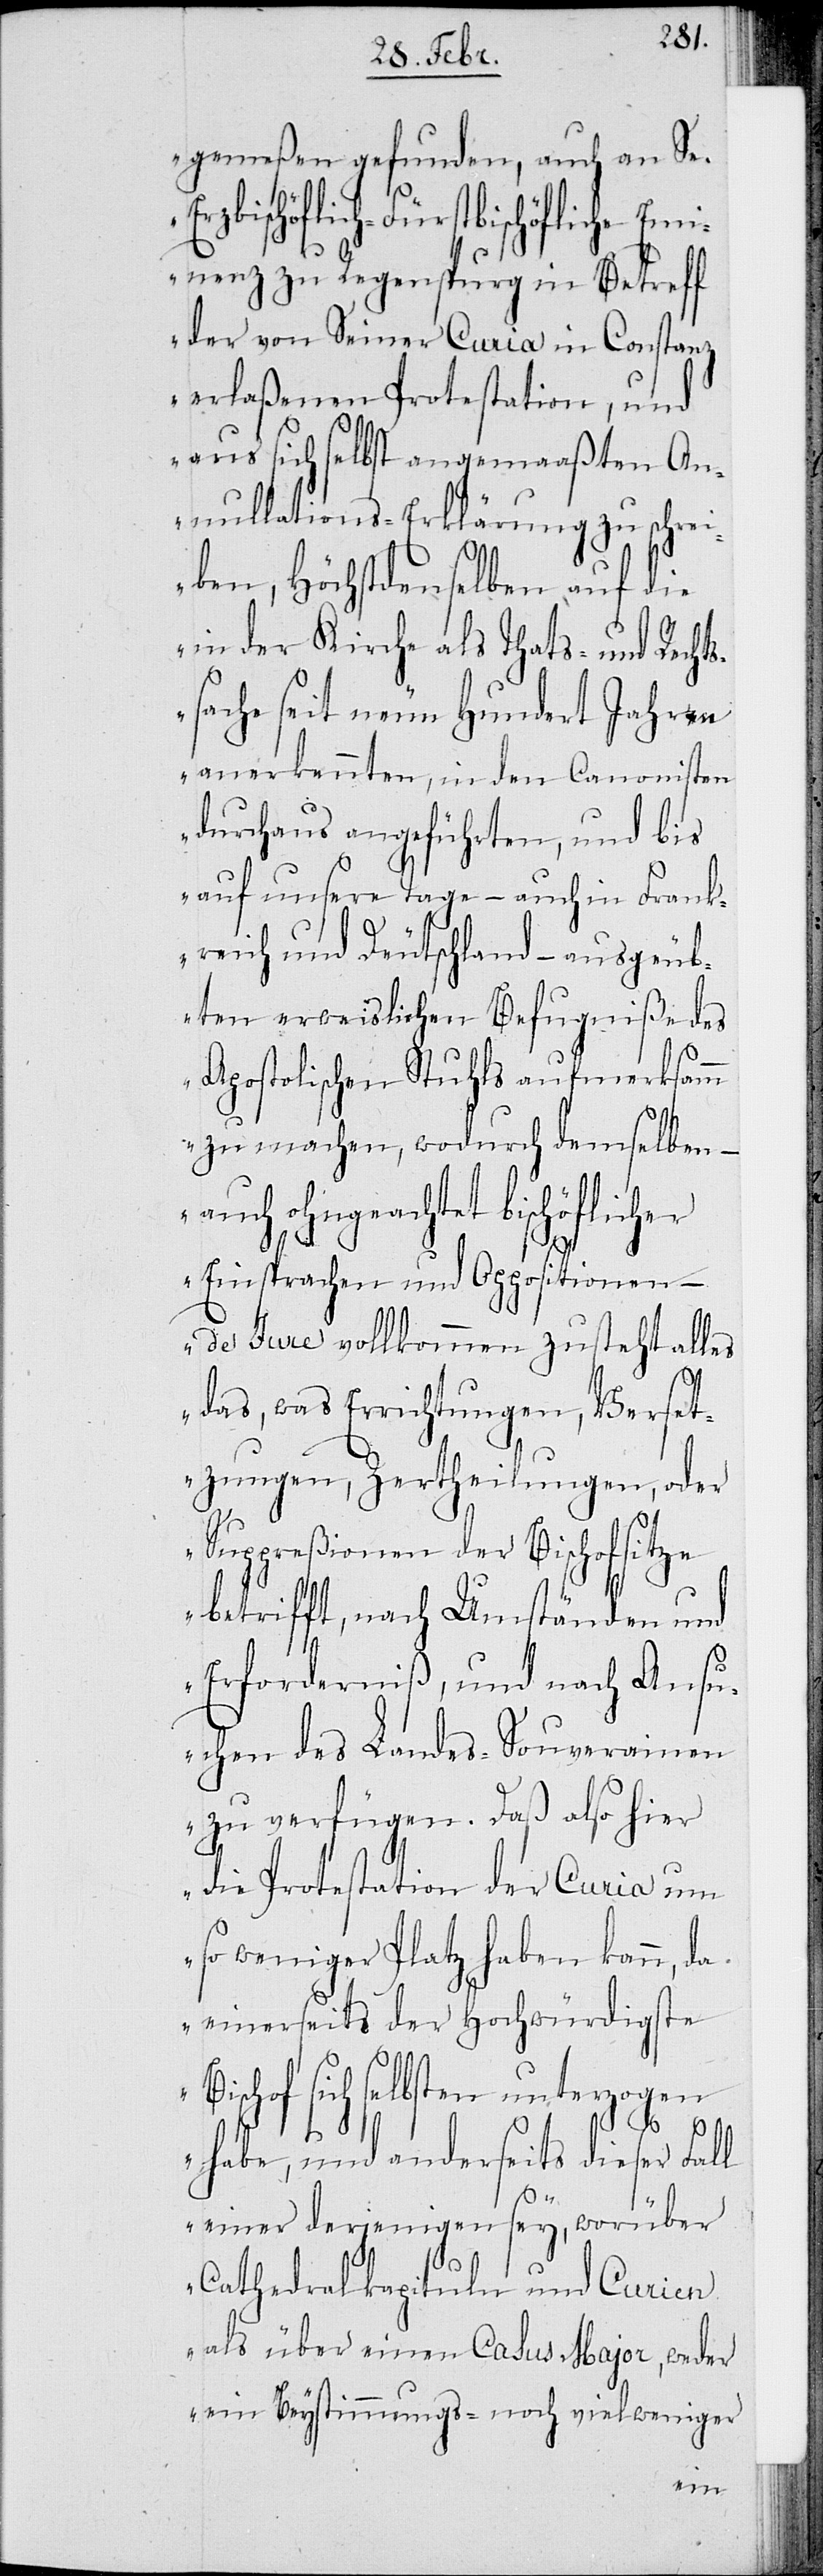
gemeßen gefunden, auch an Se.
Erzbischöflich-Fürstbischöfliche Em¬
inenz zu Regenspurg in Betreff
erlaßenen Protestation, und
aus sich selbst angemaaßten An¬
nullations-Erklärung zu schrei¬
ben, Höchstdenselben auf die
in der Kirche als Thats- und Rechts¬
sache seit neun Hundert Jahren
anerkannten, in den Canonisten
durchaus angeführten, und bis
auf unsere Tage – auch in Frank¬
reich und Deutschland – ausgeüb¬
ten erweislichen Befugniße, des
Apostolischen Stuhls aufmerksamm
zu machen, wodurch demselben –
auch ohngeachtet bischöflicher
Einsprachen und Oppositionen –
de Iure vollkommen zusteht alles
das, was Errichtungen, Verset¬
zungen, Zertheilungen, oder
Suppreßionen der Bischofsitze
betrifft, nach Umständen und
Erforderniß, und nach Ansu¬
chen des Landes-Souverainen
zu verfügen. Daß also hier
die Protestation der Curia um
so weniger Platz haben kann, da
einerseits der Hochwürdigste
Bischof sich selbsten unterzogen
habe, und andererseits dieser Fall
einer derjenigen sey, worüber
Cathedralkapituln und Curien
als über einen Casus Major, weder
ein Beystimmungs- noch vielweniger
Seiner